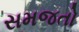
સમજતો